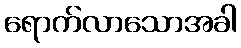
ရောက်လာသောအခါ